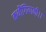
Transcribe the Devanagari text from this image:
कथौंगियानी।।